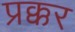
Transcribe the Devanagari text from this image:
प्रक्कर